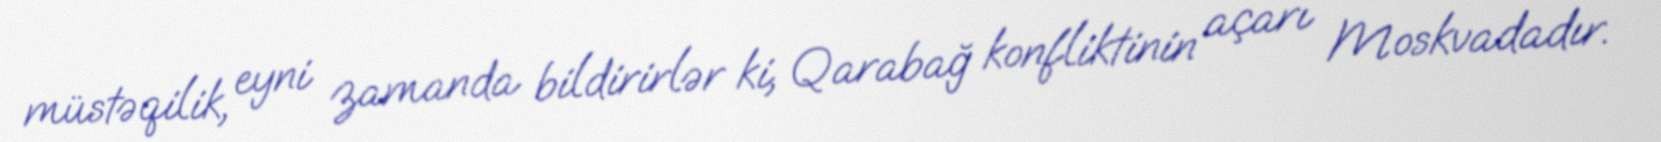
müstəqilik, eyni zamanda bildirirlər ki, Qarabağ konfliktinin açarı Moskvadadır.